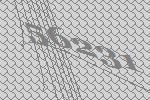
56231